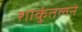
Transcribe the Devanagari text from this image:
शाकुंतलने